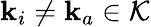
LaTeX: \mathbf{k}_{i}\neq\mathbf{k}_{a}\in\mathcal{K}